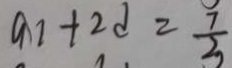
a 1 + 2 d = \frac { 7 } { 3 }